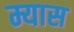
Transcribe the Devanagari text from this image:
म्यास